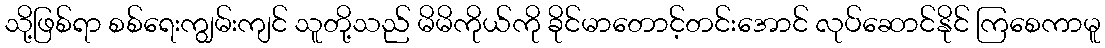
သို့ဖြစ်ရာ စစ်ရေးကျွမ်းကျင် သူတို့သည် မိမိကိုယ်ကို ခိုင်မာတောင့်တင်းအောင် လုပ်ဆောင်နိုင် ကြစေကာမူ